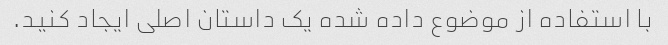
با استفاده از موضوع داده شده یک داستان اصلی ایجاد کنید.